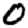
Digit: 0